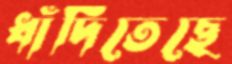
ধাঁদিতেছে